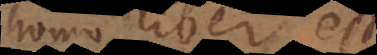
homo liber est,